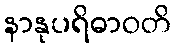
နာနုပရိဓာဝတိ